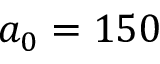
a _ { 0 } = 1 5 0